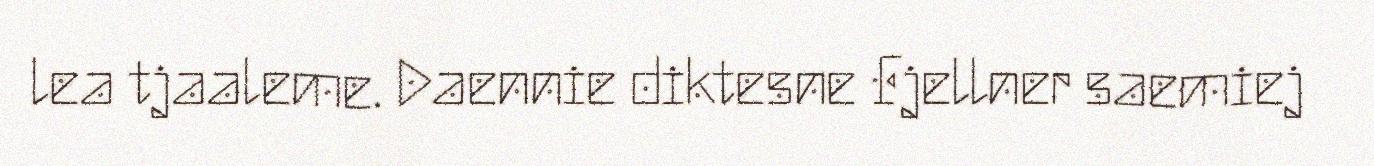
lea tjaaleme. Daennie diktesne Fjellner saemiej